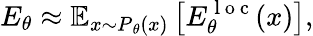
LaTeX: E_{\theta}\approx\mathbb{E}_{x\sim P{_\theta(x)}}\left[E_{\theta}^{\mathrm{~l~o~c~}}(x)\right],